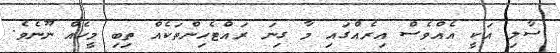
ސާލި އަކީ އެއްވެސް އިރެއްގައި މާ ގިނަ ރައްޓެހިންތަކެއް ތިބި މީހެއް ނޫނެވެ.